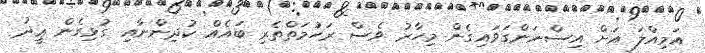
އަމިއްލަ އަށް އިސްނަންގަވައިގެން މިހާރު ވެސް ރަހުމަތްތެރި ބައެއް ކުދިންނާއި ގުޅިގެން ޢީދު